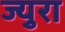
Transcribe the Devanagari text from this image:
ज्युरा